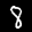
Label: 8